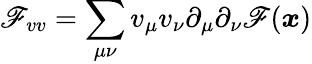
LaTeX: \mathscr{F}_{vv}=\sum_{\mu\nu}v_{\mu}v_{\nu}\partial_{\mu}\partial_{\nu}\mathscr{F}({\boldsymbol{x}})